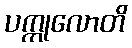
ပက္ကုလောတိ